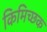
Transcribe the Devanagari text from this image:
किमिच्छक